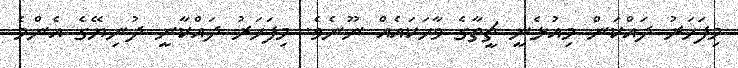
މިފަހަރު ދައްކަން މިއުޅެނީ ޗީތާގެ ވާހަކައެއް ނޫނެވެ. މިފަހަރު ދައްކާނީ ދުނިޔޭގެ އެންމެ